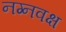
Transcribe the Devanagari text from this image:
नग्नवक्ष